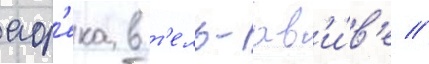
аф'ека в т'ель-ав'и́в'е //